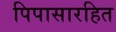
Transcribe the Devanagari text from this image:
पिपासारहित